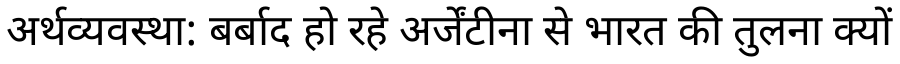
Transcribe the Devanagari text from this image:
अर्थव्यवस्था: बर्बाद हो रहे अर्जेंटीना से भारत की तुलना क्यों